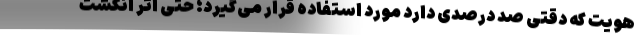
هویت که دقتی صد درصدی دارد مورد استفاده قرار می‌گیرد؛ حتی اثر انگشت